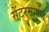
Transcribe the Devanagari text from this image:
सेंटरमार्फत